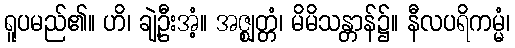
ရူပမည်၏။ ဟိ၊ ချဲ့ဦးအံ့။ အဇ္ဈတ္တံ၊ မိမိသန္တာန်၌။ နီလပရိကမ္မံ၊